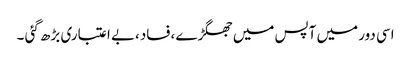
اسی دور میں آپس میں جھگڑے ،فساد،بے اعتباری بڑھ گئی ۔